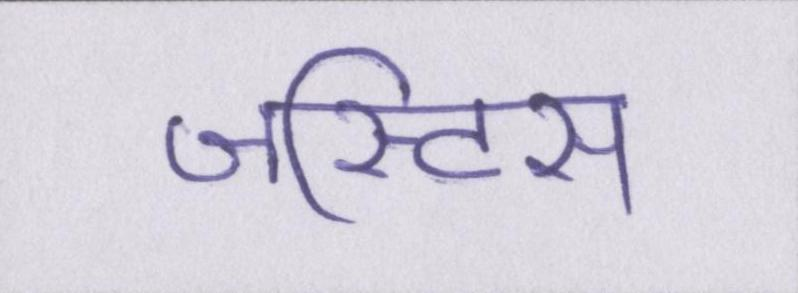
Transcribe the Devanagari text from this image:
जस्टिस